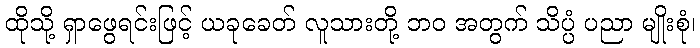
ထိုသို့ ရှာဖွေရင်းဖြင့် ယခုခေတ် လူသားတို့ ဘဝ အတွက် သိပ္ပံ ပညာ မျိုးစုံ၊